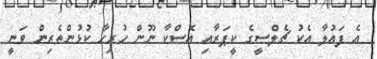
އެ ފައުލާ އެކު ޗެލްސީގެ ކީޕަރާއި އޮސްކާ ނޫން ހުރިހާ ކުޅުންތެރިން ވަނީ